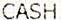
CASH